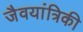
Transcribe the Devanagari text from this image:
जैवयांत्रिकी